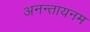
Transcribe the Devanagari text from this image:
अनन्तायनम